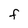
Character: f